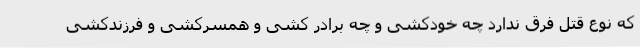
که نوع قتل فرق ندارد چه خودکشی و چه برادر کشی و همسرکشی و فرزندکشی